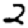
Digit: 2